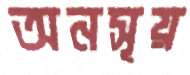
অনসূয়